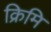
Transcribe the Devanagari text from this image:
क्रिमि